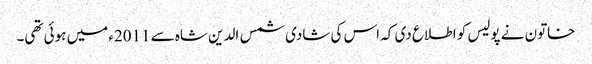
خاتون نے پولیس کو اطلاع دی کہ اس کی شادی شمس الدین شاہ سے 2011ء میں ہوئی تھی۔